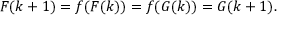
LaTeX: F ( k + 1 ) = f ( F ( k ) ) = f ( G ( k ) ) = G ( k + 1 ) .